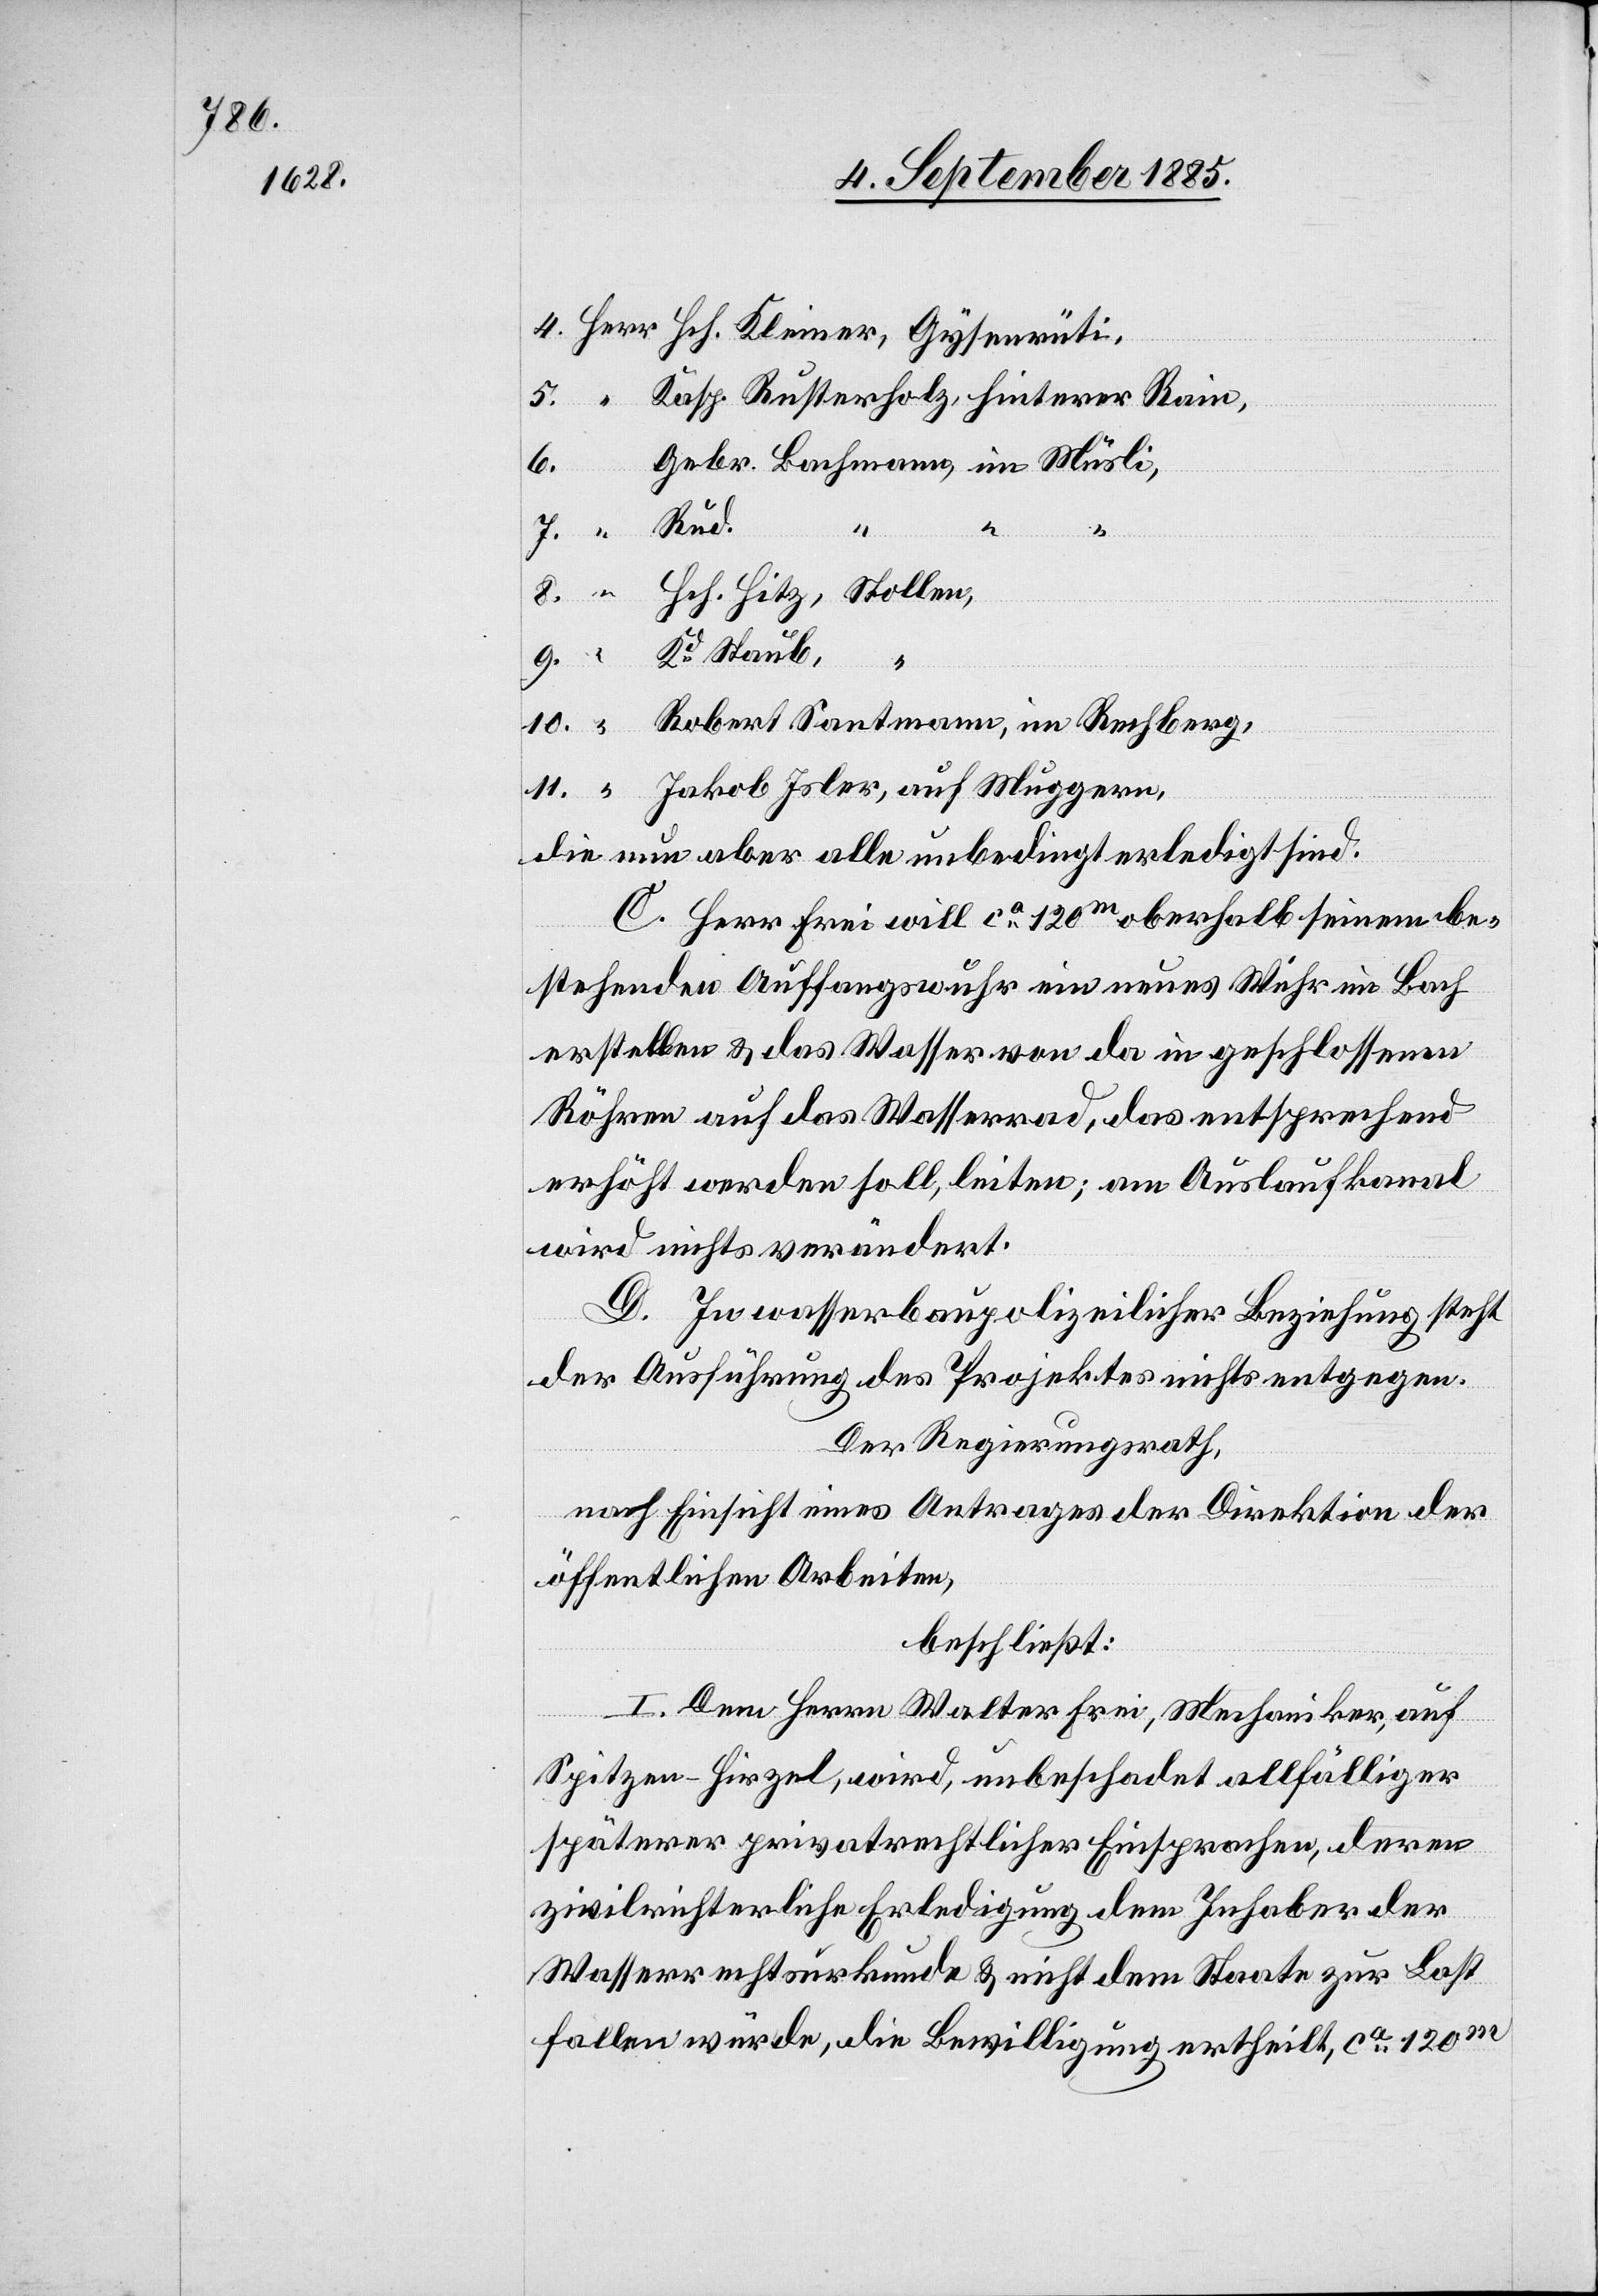
berg,
Kasp. Rusterholz, hinterer Rain,
6.
Rech¬
11.
Hch. Hitz,
Jakob Isler, auf Muggern,
die nun aber alle unbedingt erledigt sind.
C. Herr Frei will ca 120m oberhalb seinem be¬
stehenden Auffangswuhr ein neues Wuhr im Bach
erstellen & das Wasser von da in geschlossenen
Röhren auf das Wasserrad, das entsprechend
erhöht werden soll leiten; am Auslaufkanal
wird nichts verändert.
D. In wasserbaupolizeilicher Beziehung steht
der Ausführung des Projektes nichts entgegen.
Der Regierungsrath,
nach Einsicht eines Antrages der Direktion der
öffentlichen Arbeiten,
beschließt:
I. Dem Herrn Walter Frei, Mechaniker, auf
Spitzen - Hirzel, wird, unbeschadet allfälliger
späterer privatrechtlicher Einsprachen, deren
zivilrichterliche Erledigung dem Inhaber der
Wasserrechtsurkunde & nicht dem Staate zur Last
fallen würde, die Bewilligung ertheilt, ca 120m